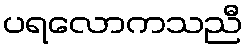
ပရလောကသညီ